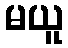
မယူ